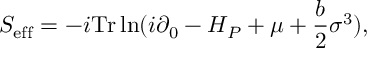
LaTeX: S _ { \mathrm { e f f } } = - i \mathrm { T r } \ln ( i \partial _ { 0 } - H _ { P } + \mu + \frac { b } { 2 } \sigma ^ { 3 } ) ,